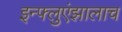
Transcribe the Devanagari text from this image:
इन्फ्लुएंझालाच